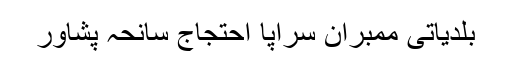
بلدیاتی ممبران سراپا احتجاج سانحہ پشاور